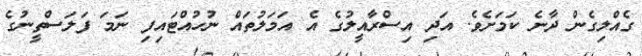
ގެއްލިގެން ދާނެ ކަމަށެވެ. އަދި އިސްރާއީލުގެ އެ އަމަލުތައް ނުހުއްޓައިފި ނަމަ ފަލަސްތީނުގެ